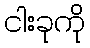
ငါးခုကို